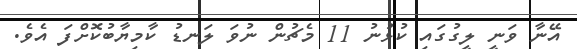
އޭނާ ވަނީ ލީގުގައި ކުޅުނު 11 މެޗުން ނުވަ ލަނޑު ކާމިޔާބުކޮށްފަ އެވެ.